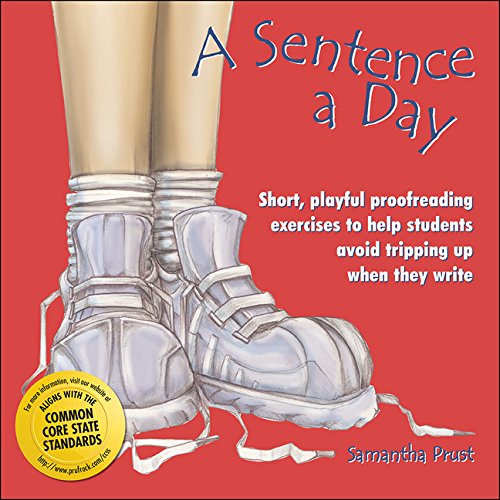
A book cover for A Sentence a Day: Short, Playful Proofreading Exercises to Help Students Avoid Tripping Up When They Write; Samantha Prust; Reference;